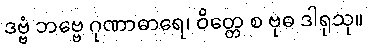
ဒဗ္ဗံ ဘဗ္ဗေ ဂုဏာဓာရေ၊ ဝိတ္တေ စ ဗုဓ ဒါရုသု။